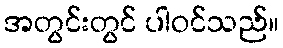
အတွင်းတွင် ပါဝင်သည်။